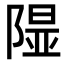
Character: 𨻥